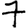
Digit: 7